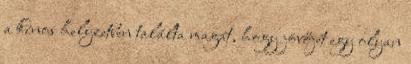
a kínos helyzetben találta magát, hogy jövőjét egy olyan